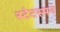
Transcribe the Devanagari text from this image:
स्टेटस्मन